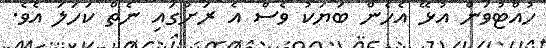
ހުއްޓުވަން އުޅޭ އެހެން ބަޔަކު ވެސް އެ ރަށުގައި ނެތް ކަހަލަ އެވެ.